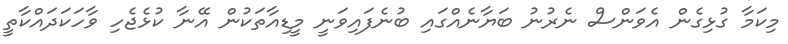
މިކަމާ ގުޅިގެން އެވަންސް ނެރުނު ބަޔާނެއްގައި ބުނެފައިވަނީ މީޑިއާތަކުން އޭނާ ކުޅެޖެހި ވާހަކަދައްކާތީ